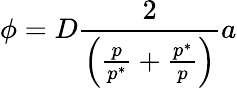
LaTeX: \phi=D\frac{2}{\left(\frac{p}{p^{*}}+\frac{p^{*}}{p}\right)}a